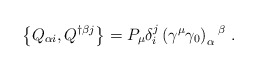
\begin{align*}\left\{ Q_{\alpha i}, Q^{\dagger \beta j}\right\}= P_\mu \delta^j_i\left( \gamma^\mu \gamma_0\right) _\alpha{}^\beta \ .\end{align*}